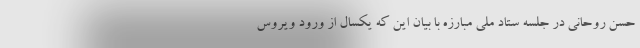
حسن روحانی در جلسه ستاد ملی مبارزه با بیان این که یکسال از ورود ویروس